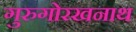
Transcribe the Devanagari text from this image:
गुरुगोरखनाथ